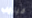
فيليب